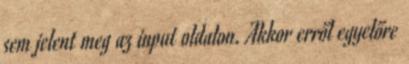
sem jelent meg az input oldalon. Akkor erről egyelőre